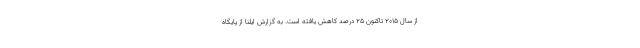
از سال ۲۰۱۵ تاکنون ۲۵ درصد کاهش یافته است. به گزارش ایلنا از پایگاه